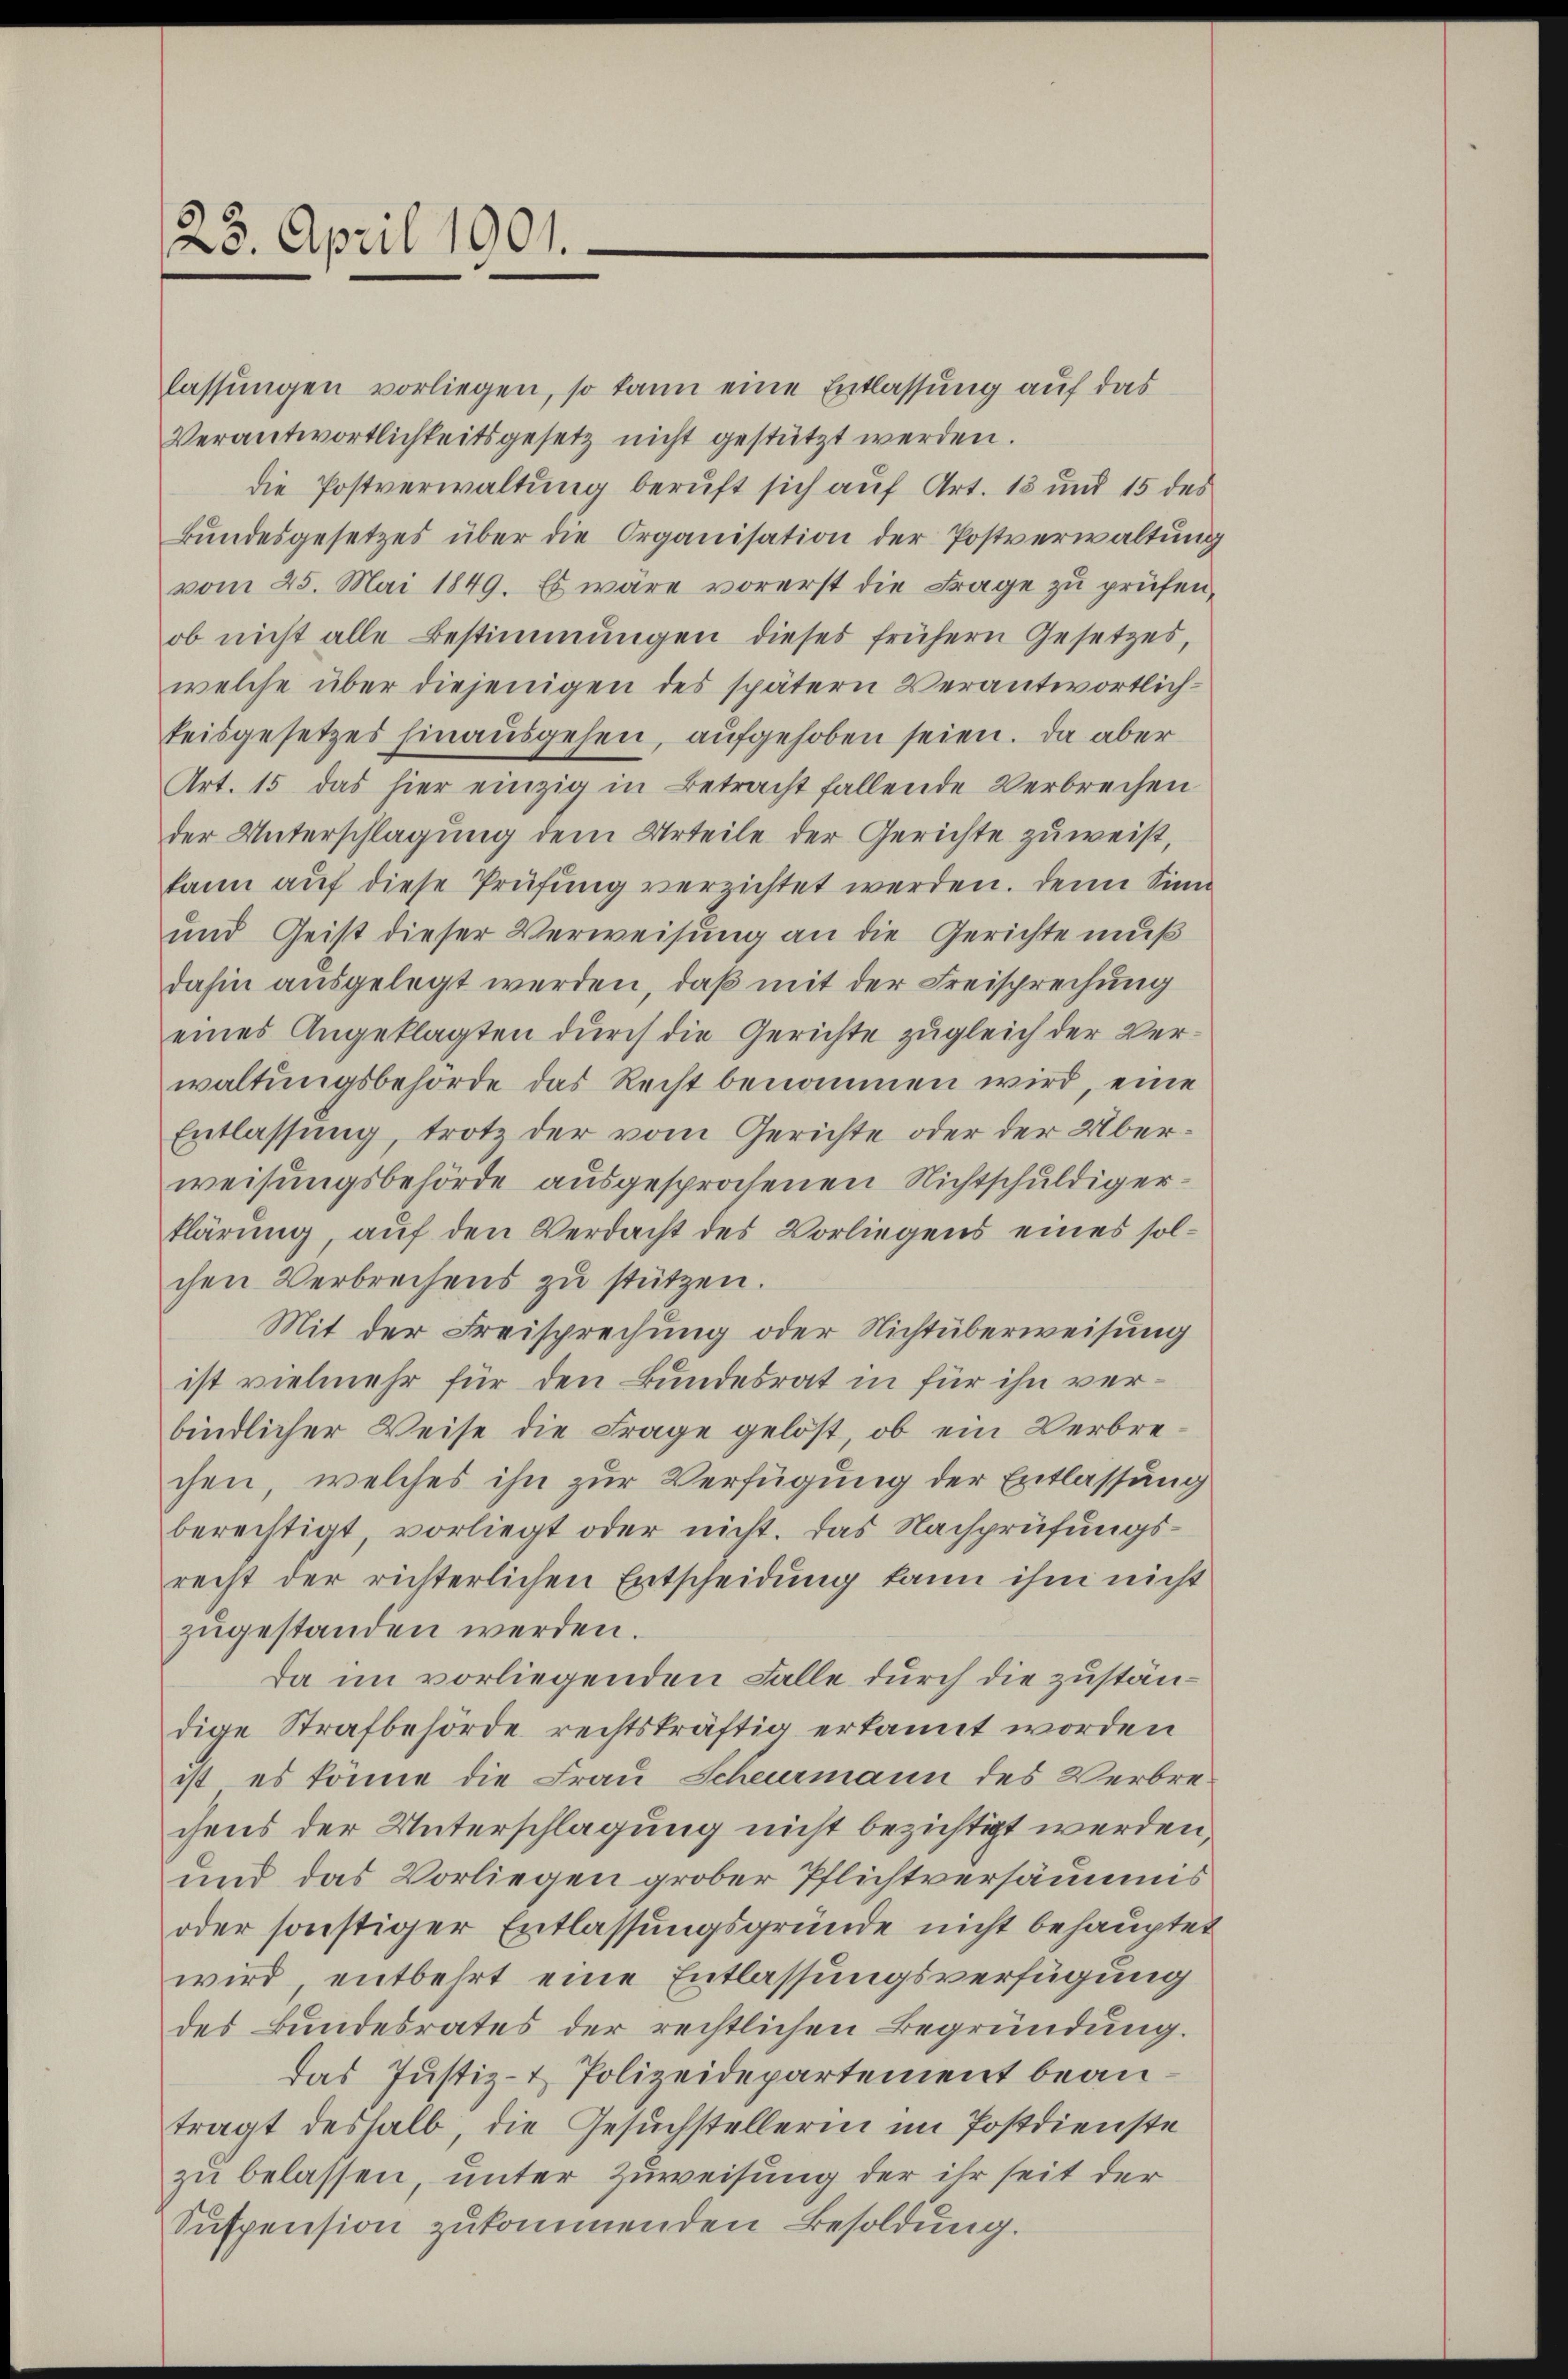
25. April 1901.

lassungen vorliegen, so kann eine Entlassung auf das
Verantwortlichkeitsgesetz nicht gestützt werden.
die Postverwaltung beruft sich auf Art. 13 und 15 des
Bŭndesgesetzes über die Organisation der Postverwaltung
vom 25. Mai 1849. Es wäre vorerst die Frage zu prüfen,
ob nicht alle Bestimmungen dieses frühern Gesetzes,
welche über diejenigen des spätern Verantwortlichteisgesetzes hinausgehen, aufgehoben seien. Da aber
Art. 15 das hier einzig in Betracht fallende Verbrechen
der Unterschlagung dem Urteile der Gerichte zuweist,
kann auf diese Prüfung verzichtet werden. Denn Sinn
und Geist dieser Verweisung an die Gerichte muß
dahin ausgelegt werden, daß mit der Freisprechung
eines Angeklagten durch die Gerichte zugleich der Verwaltungsbehörde das Recht benommen wird, eine
Entlassung, trotz der vom Gerichte oder der Überweisungsbehörde ausgesprochenen Nichtschuldigerklärung auf den Verdacht des Vorliegens eines solchen Verbrechens zu stützen.
Mit der Freisprechung oder Nichtüberweisung
ist vielmehr für den Bundesrat in für ihn verbindlicher Weise die Frage gelöst, ob ein Verbrechen, welches ihn zur Verfügung der Entlassung
berechtigt, vorliegt oder nicht. Das Nachprüfungsrecht der richterlichen Entscheidŭng kann ihm nicht
zugestanden werden.
da im vorliegenden Falle durch die zuständige Strafbehörde rechtskräftig erkannt worden
ist es könne die Frau Scheurmann des Verbrechens der Unterschlagung nicht bezichtigt werden,
und das Vorliegen grober Pflichtversäumis
oder sonstiger Entlassungsgründe nicht behauptet
wird, entbehrt eine Entlassungsverfügung
des Bundesrates der rechtlichen Begründung.
das Justiz- & Polizeidepartement beantragt deshalb, die Gesuchstellerin im Postdienste
zu belassen, unter Zuweisung der ihr seit der
Suspension zukommenden Besoldung.